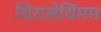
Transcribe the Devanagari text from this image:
चिरासेथिंमम